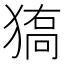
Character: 𤠬